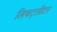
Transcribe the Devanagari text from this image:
लिचट्लीटर